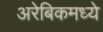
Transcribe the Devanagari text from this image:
अरेबिकमध्ये